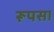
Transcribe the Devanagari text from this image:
रूपसा